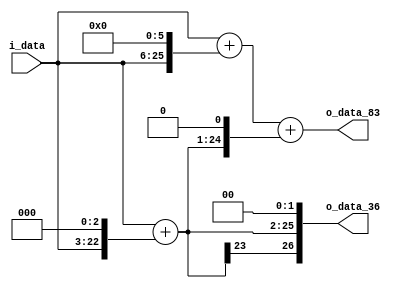
module spiral_0(
          i_data,
          
        o_data_36,
        o_data_83
);
// ********************************************
//                                             
//    INPUT / OUTPUT DECLARATION                                               
//                                                                             
// ********************************************             
input  signed [19:0]   i_data;
output signed [19+7:0] o_data_36;
output signed [19+7:0] o_data_83;
// ********************************************
//                                             
//    WIRE DECLARATION                                               
//                                                                             
// ********************************************
wire signed [26:0]	w1,
                    w8,
                    w9,
                    w64,
                    w65,
                    w18,
                    w83,
                    w36;
// ********************************************
//                                             
//    Combinational Logic                      
//                                             
// ********************************************
assign w1 = i_data;
assign w8 = w1 << 3;
assign w9 = w1 + w8;
assign w64 = w1 << 6;
assign w65 = w1 + w64;
assign w18 = w9 << 1;
assign w83 = w65 + w18;
assign w36 = w9 << 2;


assign o_data_36=w36;
assign o_data_83=w83;

endmodule